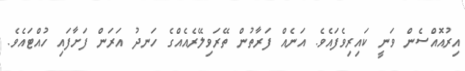
އިރުއޮއްސެން ވަނީ ކައިރިވެފައެވެ. އަނެއް ފަރާތުން ތޭރަވިލޭރެއެއްގެ ހަނދު އަރަން ފަށާފައި ހުއްޓައެވެ.